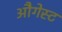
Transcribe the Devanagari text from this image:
औगेस्ट